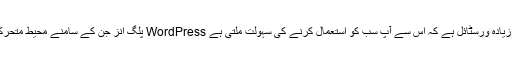
در حقیقت ، یہ اس میں زیادہ ورسٹائل ہے کہ اس سے آپ سب کو استعمال کرنے کی سہولت ملتی ہے WordPress پلگ انز جن کے سامنے محیط متحرک اجزاء نہیں ہوتے ہیں۔